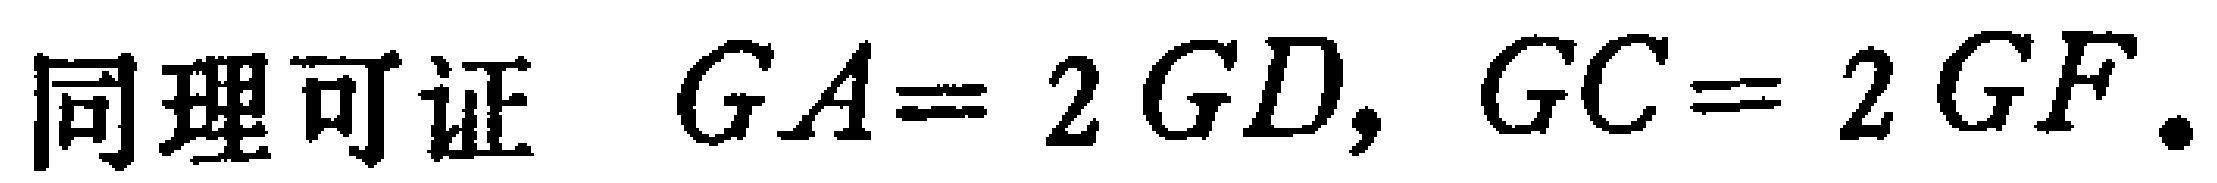
同理可证 \(GA = 2GD, GC = 2GF.\)